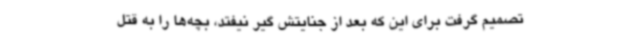
تصمیم گرفت برای این که بعد از جنایتش گیر نیفتد، بچه‌ها را به قتل